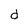
Character: d